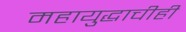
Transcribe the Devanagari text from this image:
महायुद्धाचीही